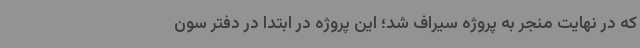
که در نهایت منجر به پروژه سیراف شد؛ این پروژه در ابتدا در دفتر سون